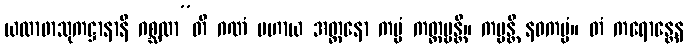
ယထာဖာသုကဋ္ဌာနာနိ ဂစ္ဆထာ”တိ ဂဏံ ပဟာယ အတ္တနော ကမ္မံ ကတ္တဗ္ဗန္တိ။ ကမ္မန္တိ နဝကမ္မံ။ တံ ကရောန္တေန